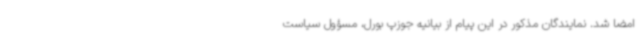
امضا شد. نمایندگان مذکور در این پیام از بیانیه جوزپ بورل، مسؤول سیاست